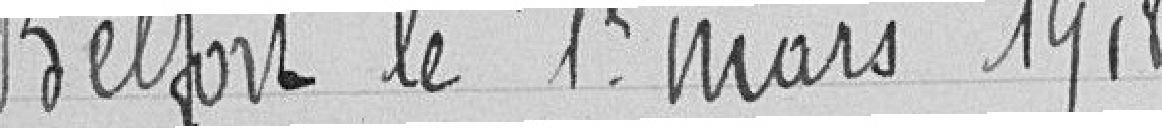
Belfort le 1er mars 1918